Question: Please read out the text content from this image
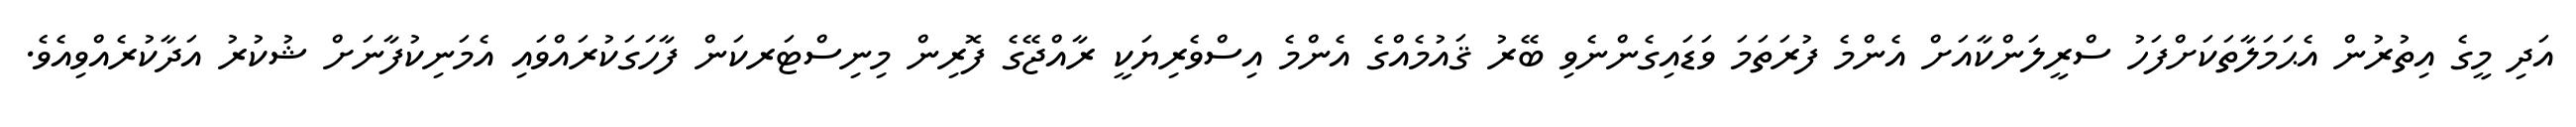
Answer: އަދި މީގެ އިތުރުން އެޙަމަލާތަކަށްފަހު ސްރީލަންކާއަށް އެންމެ ފުރަތަމަ ވަޑައިގެންނެވި ބޭރު ޤައުމެއްގެ އެންމެ އިސްވެރިޔަކީ ރާއްޖޭގެ ފޮރިން މިނިސްޓަރކަން ފާހަގަކުރައްވައި އެމަނިކުފާނަށް ޝުކުރު އަދާކުރެއްވިއެވެ.